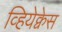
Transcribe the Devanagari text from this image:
व्हियेक्वेस